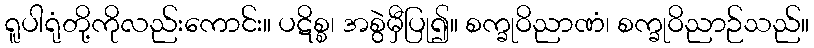
ရူပါရုံတို့ကိုလည်းကောင်း။ ပဋိစ္စ၊ အစွဲမှီပြု၍။ စက္ခုဝိညာဏံ၊ စက္ခုဝိညာဉ်သည်။